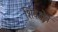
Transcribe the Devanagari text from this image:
शिवक्षेत्र